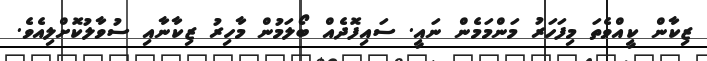
ޒިކާން ކީއްވެތަ މިފަހަރު މަންމަމެން ނައީ. ސައިފޮދެއް ބޯލަމުން މާހިރު ޒިކާނާއި ސުވާލުކޮށްލިއެވެ.